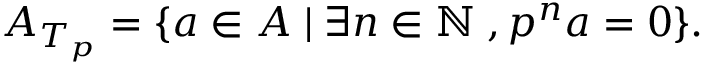
A _ { T _ { p } } = \{ a \in A \; | \; \exists n \in \mathbb { N } \; , p ^ { n } a = 0 \} .